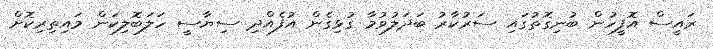
ރައީސް އޮފީހުން ބުނިގޮތުގައި ސަރުކާރު ބަދަލުވުމާ ގުޅިގެން އުފެއްދި ސިޔާސީ ހަލަބޮލިކަން މައިތިރިކޮށް